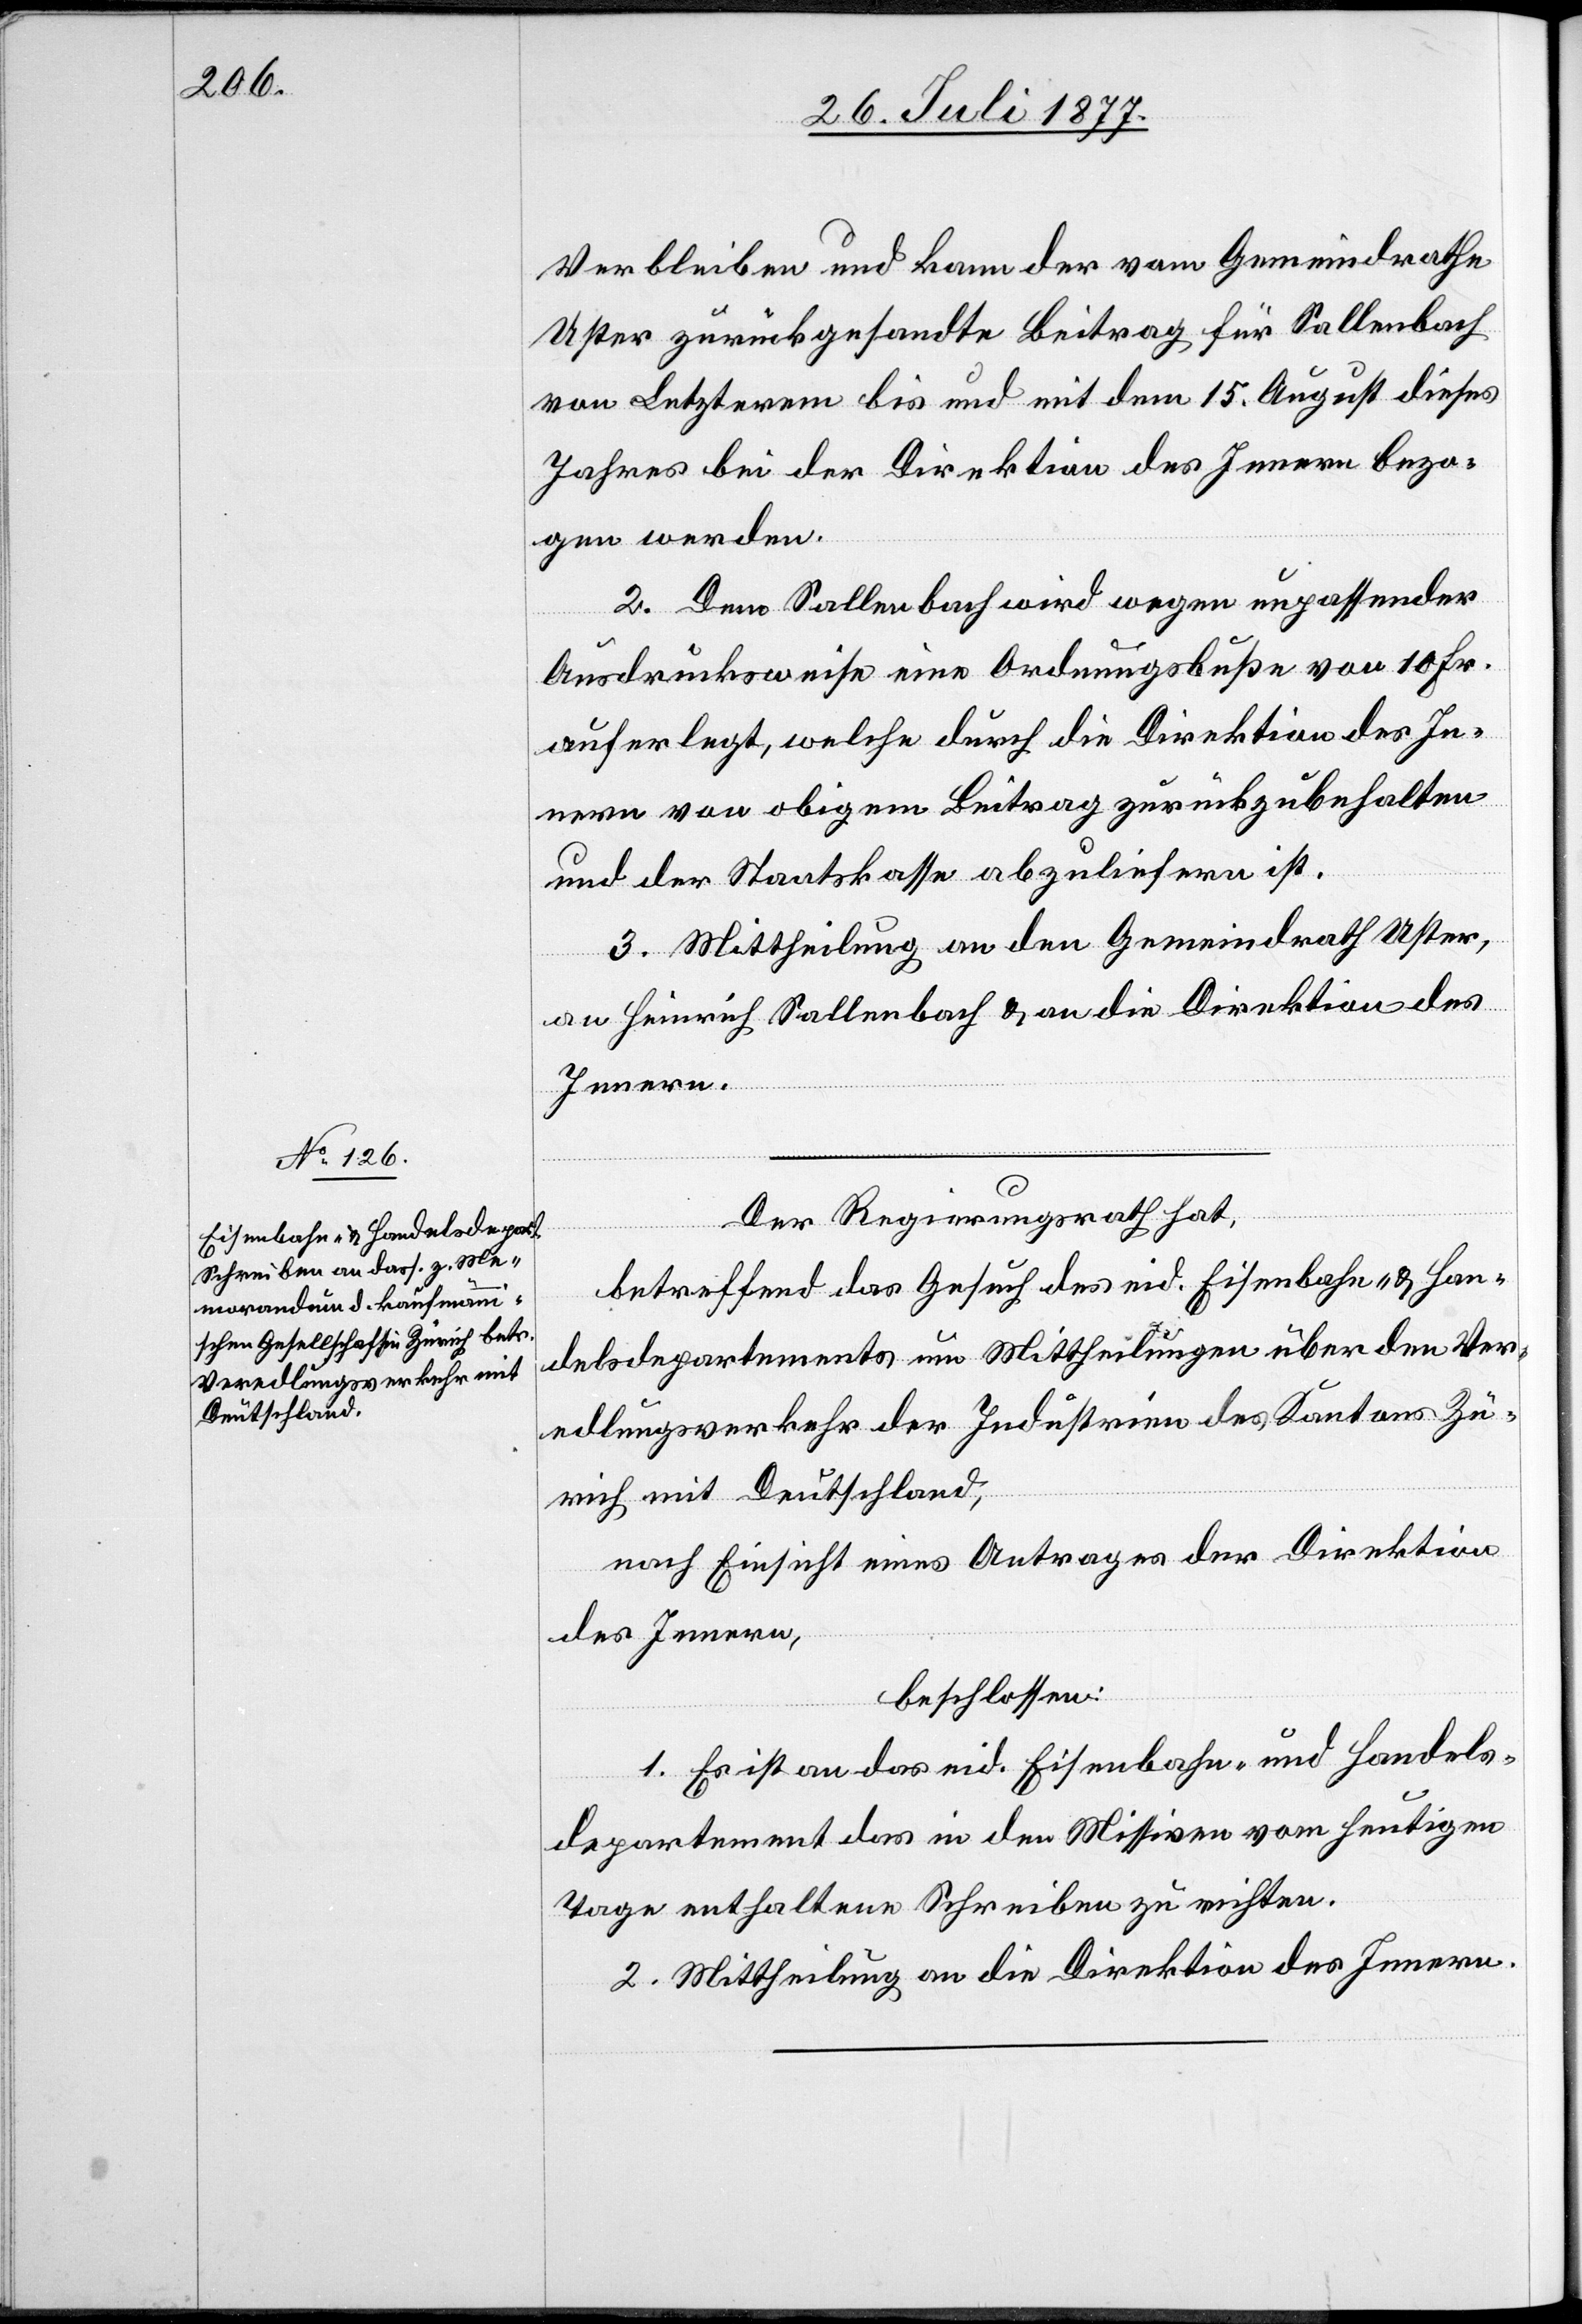
Verbleiben und kann der vom Gemeindrathe
Uster zurückgesandte Beitrag für Sallenbach
von Letzterem bis und mit dem 15. August dieses
Jahres bei der Direktion des Innern bezo¬
gen werden.
2. Dem Sallenbach wird wegen unpassender
Ausdrucksweise eine Ordnungsbuße von 10 Fr.
auferlegt, welche durch die Direktion des In¬
nern von obigem Beitrag zurückzubehalten
und der Staatskasse abzuliefern ist.
3. Mittheilung an den Gemeindrath Uster,
an Heinrich Sallenbach & an die Direktion des
Innern.
Der Regierungsrath hat,
betreffend das Gesuch des eid. Eisenbahn- & Han¬
delsdepartements um Mittheilungen über den Ver¬
edlungsverkehr der Industrien des Kantons Zü¬
rich mit Deutschland,
nach Einsicht eines Antrages der Direktion
des Innern,
beschlossen:
1. Es ist an das eid. Eisenbahn- und Handels¬
departement das in den Missiven vom heutigen
Tage enthaltene Schreiben zu richten.
2. Mittheilung an die Direktion des Innern.